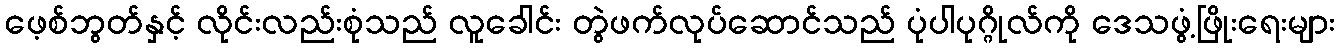
ဖေ့စ်ဘွတ်နှင့် လိုင်းလည်းစုံသည် လူခေါင်း တွဲဖက်လုပ်ဆောင်သည် ပုံပါပုဂ္ဂိုလ်ကို ဒေသဖွံ့ဖြိုးရေးများ